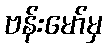
ဗန်းမော်မှ